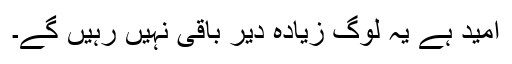
امید ہے یہ لوگ زیادہ دیر باقی نہیں رہیں گے۔